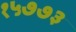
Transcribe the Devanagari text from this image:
१५७७३